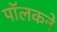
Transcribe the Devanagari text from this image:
पॉलकने